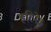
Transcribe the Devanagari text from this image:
हरिनेत्र